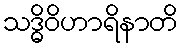
သဒ္ဓိဝိဟာရိနာတိ